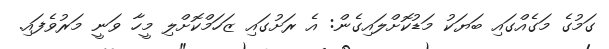
ގަމުގެ މަގެއްގައި ބަޔަކު މަޑުކޮށްލައިގެން: އެ ރަށުގައި ޒަހަމްކޮށްލި މީހާ ވަނީ މަރުވެފައި.